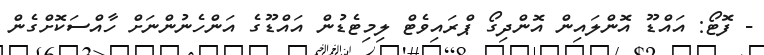
- ފޮޓޯ: އައްޑޫ އޮންލައިން އޮންދިގޯ ޕްރައިވެޓް ލިމިޓެޑުން އައްޑޫގެ އަންހެނުންނަށް ހާއްސަކޮށްގެން